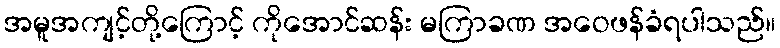
အမူအကျင့်တို့ကြောင့် ကိုအောင်ဆန်း မကြာခဏ အဝေဖန်ခံရပါသည်။